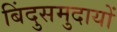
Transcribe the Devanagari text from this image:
बिंदुसमुदायों